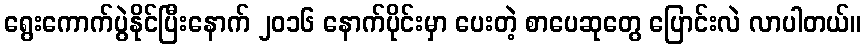
ရွေးကောက်ပွဲနိုင်ပြီးနောက် ၂၀၁၆ နောက်ပိုင်းမှာ ပေးတဲ့ စာပေဆုတွေ ပြောင်းလဲ လာပါတယ်။